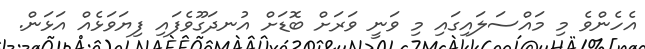
އެހެންވެ މި މައްސަލައިގައި މި ވަނީ ވަރަށް ބޮޑަށް އުނދަގޫވެފައި ފިޔަވަޅެއް އަޅަން.